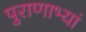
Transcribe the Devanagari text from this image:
पुराणाभ्यां